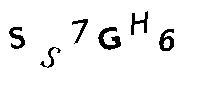
SS7GH6